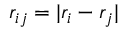
r _ { i j } = | r _ { i } - r _ { j } |